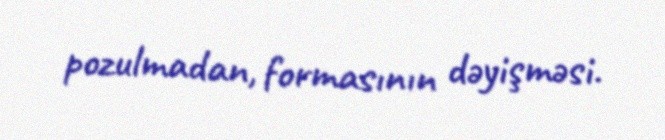
pozulmadan, formasının dəyişməsi.